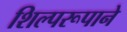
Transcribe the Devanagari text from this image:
शिल्परूपाने